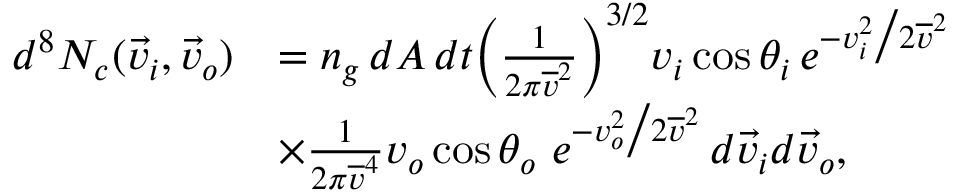
\begin{array} { r l } { d ^ { 8 } N _ { c } ( \vec { v } _ { i } , \vec { v } _ { o } ) } & { = n _ { g } \, d A \, d t \bigg ( \frac { 1 } { 2 \pi \overline { { v } } ^ { 2 } } \bigg ) ^ { 3 / 2 } v _ { i } \, \mathrm { c o s } \, \theta _ { i } \, e ^ { - v _ { i } ^ { 2 } \big / 2 \overline { { v } } ^ { 2 } } } \\ & { \times \frac { 1 } { 2 \pi \overline { { v } } ^ { 4 } } v _ { o } \, \mathrm { c o s } \, \theta _ { o } \, \, e ^ { - v _ { o } ^ { 2 } \big / 2 \overline { { v } } ^ { 2 } } \, d \vec { v } _ { i } d \vec { v } _ { o } , } \end{array}